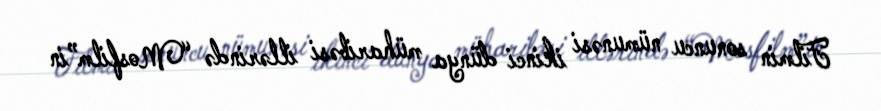
Filmin sonuncu nümunəsi ikinci dünya müharibəsi illərində “Mosfilm”in